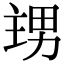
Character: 𭻙